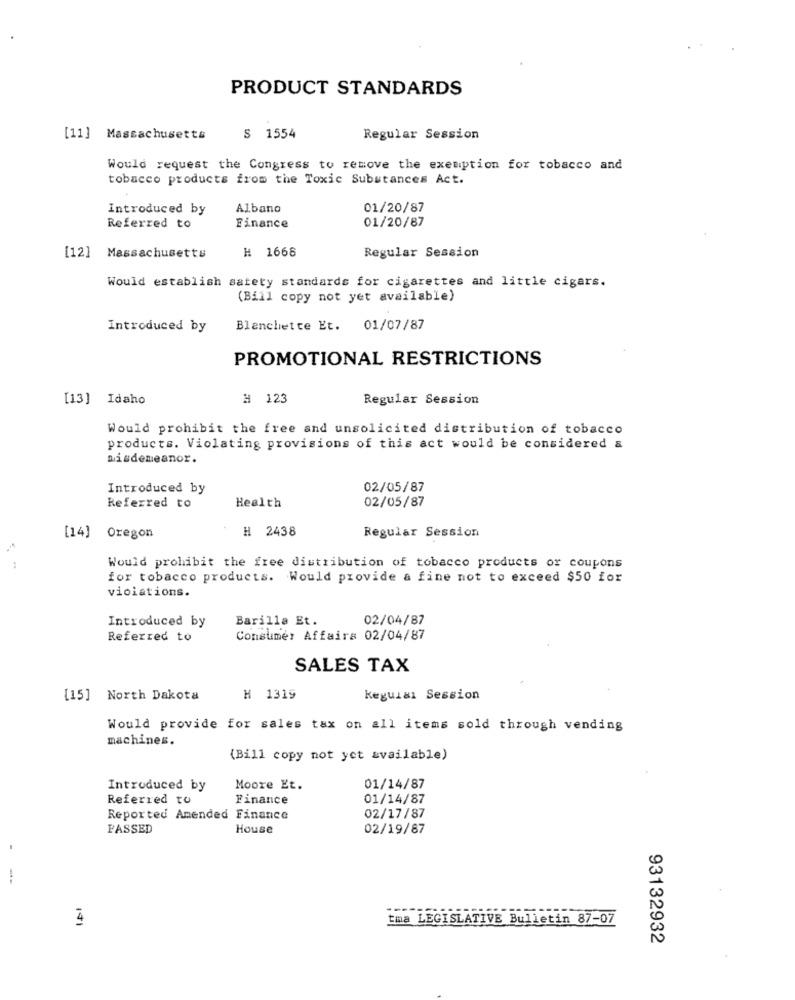
PRODUCT STANDARDS
[11] Massachusetts
$ 1554
Regular Session
Would request the Congress to remove the exemption for tobacco and
tobacco products from the Toxic Substances Act.
Introduced by
Albano
01/20/87
01/20/87
Referred to
Finance
# 1668
Regular Session
[12] Massachusetts
Would establish safety standards for cigarettes and little cigars.
(Bill copy not yet available)
Introduced by
Blanchette Et. 01/07/87
PROMOTIONAL RESTRICTIONS
[13] Idaho
H 123
Regular Session
Would prohibit the free and unsolicited distribution of tobacco
products. Violating provisions of this act would be considered &
misdemeanor.
Introduced by
02/05/87
02/05/87
Referred to
Health
H 2438
Regular Session
[14] Oregon
Would prohibit the free distribution of tobacco products or coupons
for tobacco products. Would provide a fine not to exceed $50 for
violations.
Introduced by
Barilla Et.
02/04/87
Referred to
Consumer Affairs 02/04/87
SALES TAX
[15] North Dakota
H 1319
keguiar Session
Would provide for sales tax on all items sold through vending
machines.
(Bill copy not yet available)
Introduced by
Moore Et.
01/14/87
Referred to
Finance
01/14/87
Reported Amended Finance
02/17/87
PASSED
House
02/19/87
4
tma LEGISLATIVE Bulletin 87-07
93132932